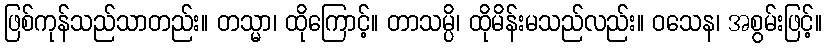
ဖြစ်ကုန်သည်သာတည်း။ တသ္မာ၊ ထိုကြောင့်။ တာသမ္ပိ၊ ထိုမိန်းမသည်လည်း။ ဝသေန၊ အစွမ်းဖြင့်။